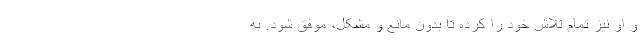
و او نیز تمام تلاش خود را کرده تا بدون مانع و مشکل، موفق شود. به